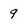
Character: 9